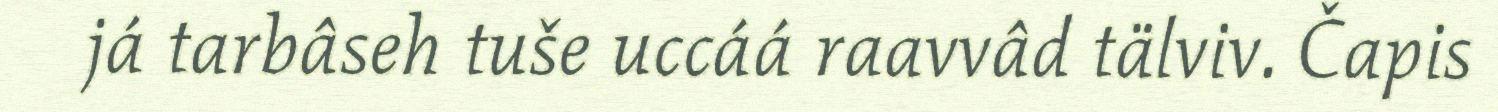
já tarbâseh tuše uccáá raavvâd tälviv. Čapis